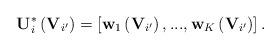
LaTeX: \begin{align*}\mathbf{U}_{i}^{*}\left(\mathbf{V}_{i'}\right)=\left[\mathbf{w}_{1}\left(\mathbf{V}_{i'}\right),...,\mathbf{w}_{K}\left(\mathbf{V}_{i'}\right)\right].\end{align*}